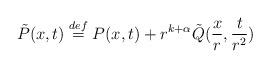
LaTeX: \begin{align*}\tilde P(x,t) \overset{def}{=} P(x,t) + r^{k+\alpha} \tilde Q(\frac{x}{r},\frac{t}{r^2})\end{align*}